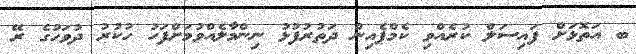
ބ އަތޮޅަށް ފައިސަލް ކުރެއްވި ކެމްޕެއިން ދަތުރުފުޅު ނިންމާލެއްވުމަށްފަހު ހުކުރު ދުވަހުގެ ރޭ